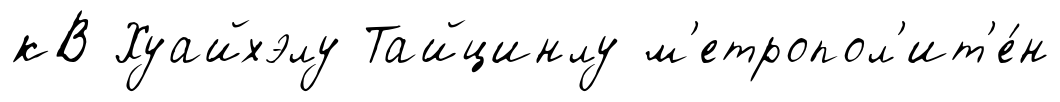
кВ Хуайхэлу Тайцинлу м'етропол'ит'е́н